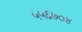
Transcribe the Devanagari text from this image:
५५६७०४